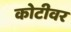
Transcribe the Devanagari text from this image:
कोटीवर